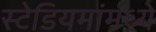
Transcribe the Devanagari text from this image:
स्टेडियमांमध्ये